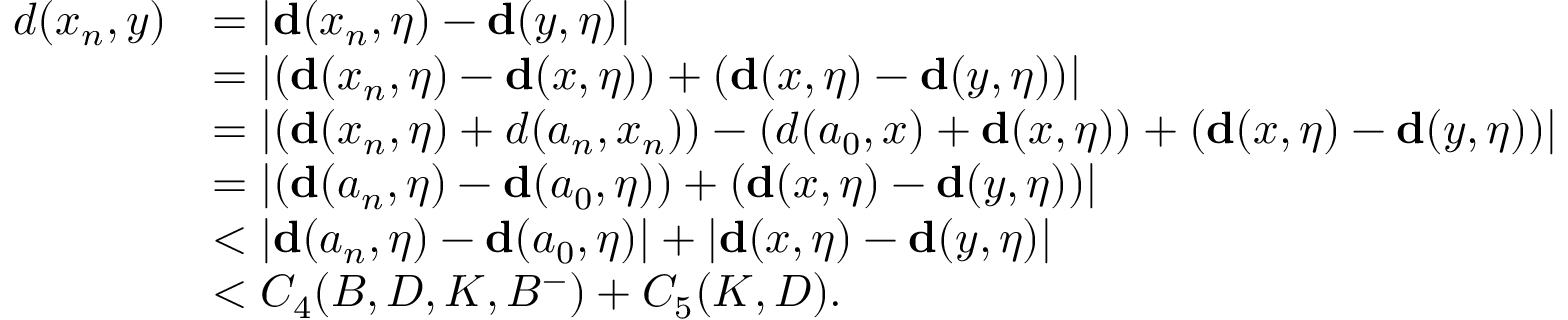
\begin{array} { r l } { d ( x _ { n } , y ) } & { = | \mathbf { d } ( x _ { n } , \eta ) - \mathbf { d } ( y , \eta ) | } \\ & { = | ( \mathbf { d } ( x _ { n } , \eta ) - \mathbf { d } ( x , \eta ) ) + ( \mathbf { d } ( x , \eta ) - \mathbf { d } ( y , \eta ) ) | } \\ & { = | ( \mathbf { d } ( x _ { n } , \eta ) + d ( a _ { n } , x _ { n } ) ) - ( d ( a _ { 0 } , x ) + \mathbf { d } ( x , \eta ) ) + ( \mathbf { d } ( x , \eta ) - \mathbf { d } ( y , \eta ) ) | } \\ & { = | ( \mathbf { d } ( a _ { n } , \eta ) - \mathbf { d } ( a _ { 0 } , \eta ) ) + ( \mathbf { d } ( x , \eta ) - \mathbf { d } ( y , \eta ) ) | } \\ & { < | \mathbf { d } ( a _ { n } , \eta ) - \mathbf { d } ( a _ { 0 } , \eta ) | + | \mathbf { d } ( x , \eta ) - \mathbf { d } ( y , \eta ) | } \\ & { < C _ { 4 } ( B , D , K , B ^ { - } ) + C _ { 5 } ( K , D ) . } \end{array}